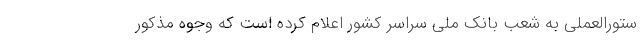
ستورالعملی به شعب بانک ملی سراسر کشور اعلام کرده است که وجوه مذکور